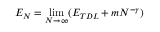
E _ { N } = \operatorname* { l i m } _ { N \rightarrow \infty } ( E _ { T D L } + m N ^ { - \gamma } )